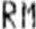
RM